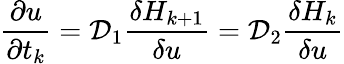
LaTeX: {\frac{\partial u}{\partial t_{k}}}={\cal D}_{1}{\frac{\delta H_{k+1}}{\delta u}}={\cal D}_{2}{\frac{\delta H_{k}}{\delta u}}